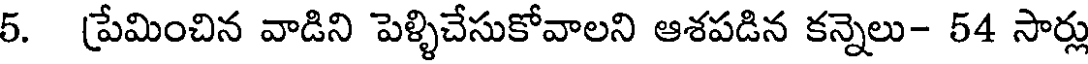
5. ప్రేమించిన వాడిని పెళ్ళిచేసుకోవాలని ఆశపడిన కన్నెలు- 54 సార్లు